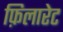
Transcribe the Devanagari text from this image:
फ़िलारेट